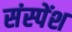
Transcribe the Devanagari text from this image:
संस्‍पेंश